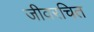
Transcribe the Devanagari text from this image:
जीवरचित